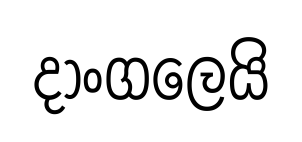
දාංගලෙයි